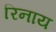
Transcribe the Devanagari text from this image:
रिनाय